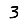
Digit: 3